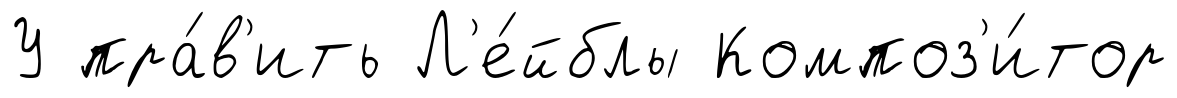
У пра́в'ить Л'е́йблы Композ'и́тор